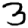
Digit: 3